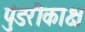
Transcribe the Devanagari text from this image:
पुंडरीकाक्ष